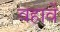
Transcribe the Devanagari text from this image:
वहावें